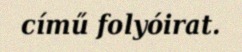
című folyóirat.